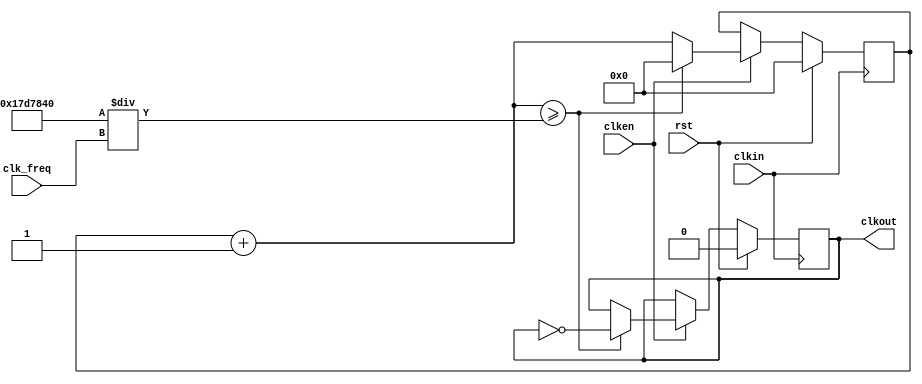
module speed_cnt(
input clkin,
input rst,
input clken,
input [9:0] clk_freq,
output reg clkout
);

wire [31:0] limit;
assign limit=(25000000/clk_freq);

reg [31:0] clkcount;
always @ (posedge clkin)
begin
	if(rst)
	begin
		clkcount=0;
		clkout=1'b0;
	end
	else
	begin
		if(clken)
		begin
			clkcount=clkcount+1;
			if(clkcount>=limit)
			begin
				clkcount=32'd0;
				clkout=~clkout;
			end
		else
			clkout=clkout;
		end
		else
		begin
			clkcount=clkcount;
			clkout=clkout;
		end
	end
end
	
endmodule